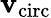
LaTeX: \mathbf{v}_{\mathrm{{circ}}}